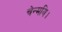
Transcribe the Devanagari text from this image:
चेन्मयि।